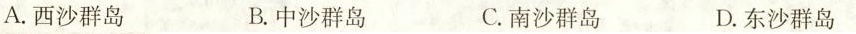
A.西沙群岛 B.中沙群岛 C.南沙群岛 D.东沙群岛